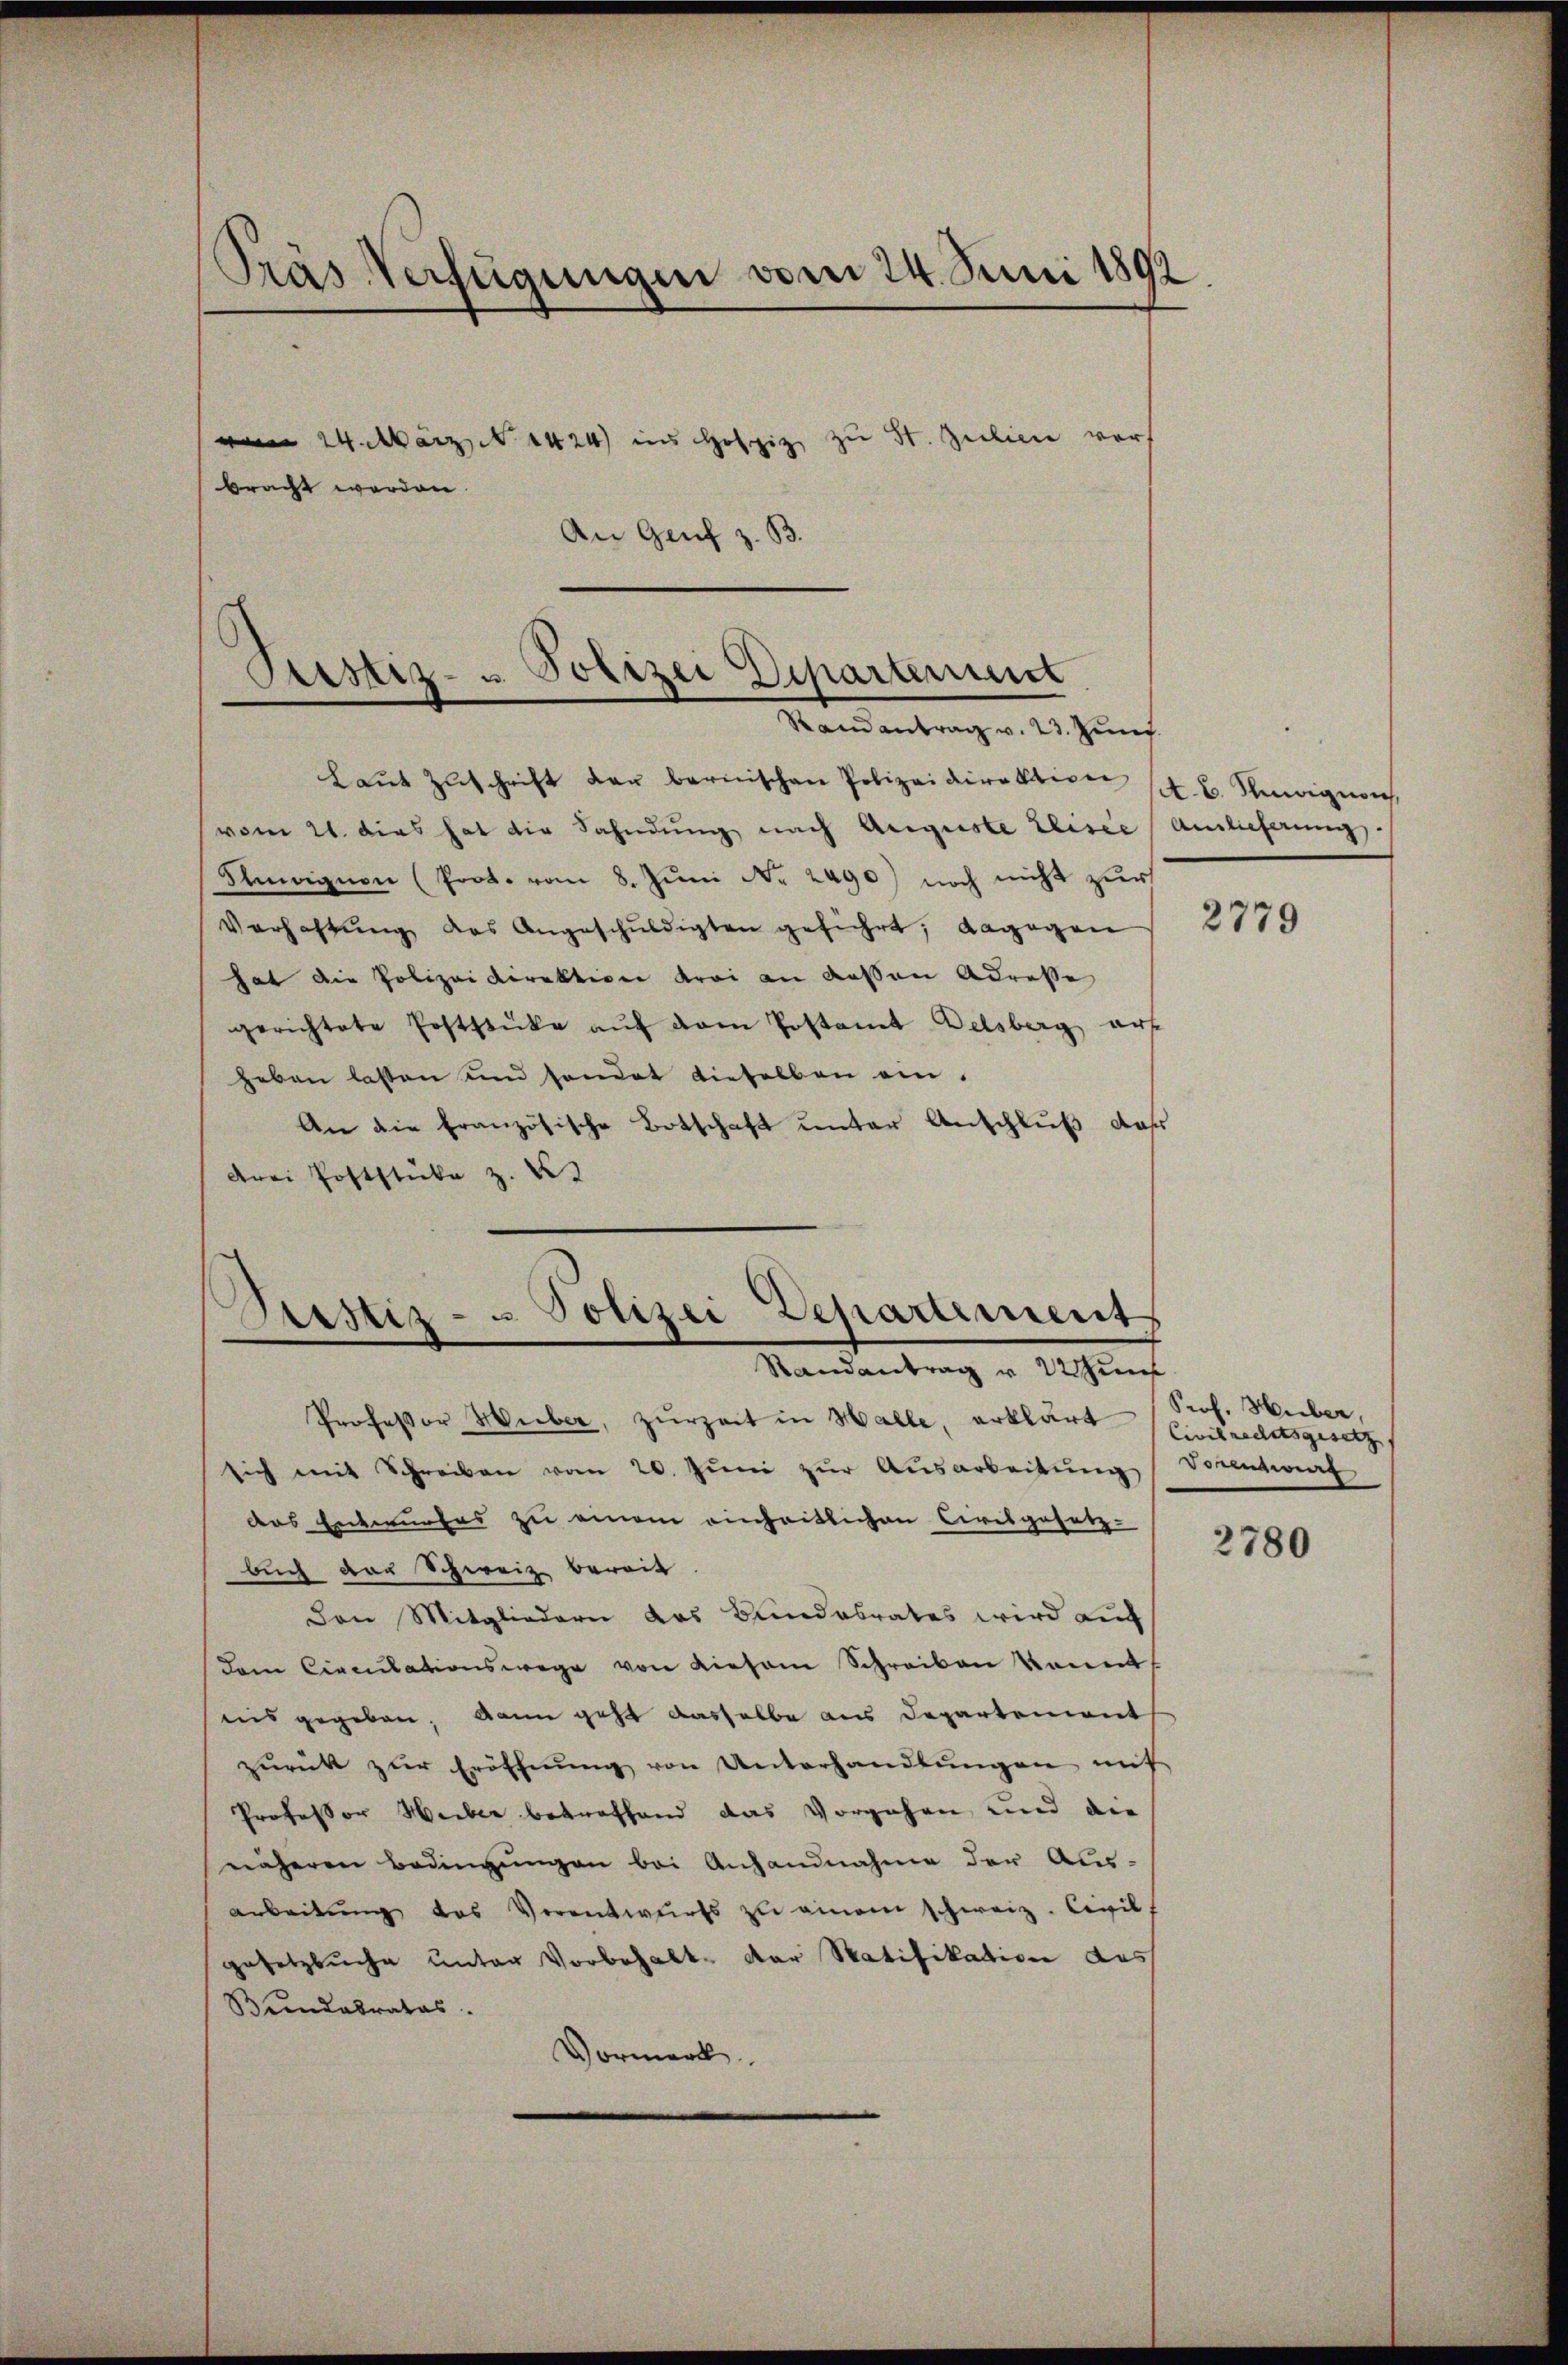
Pras Verfügungen vom 24. Juni 1892

vom 24. März 1424) ins Hofzig zu St. Julien vorh
bracht werden.
An Genf z. B.

Pestiz- u. Polizei Departernit
Randantrag v. 23. Jun.

Laŭt Zŭschrift der bernischen Polizeidirektion (lt. B. Seinigeni
vom 21. dies hat die Fahndŭng nach Auguste Eliser Anlieferung
nvigion (Prot. vom 8. Juni Nr. 2490) noch nicht zur
Verhaltŭng des Angeschŭldigten geführt; dagegen " 2179
hat die Polizeidirektion drei an dessen Adresse
gerichtete Poststücke aŭf dem Postamt Delsberg auf
heben lassen und sondet dieselben ein.
An die französische Botschaft unter Anschluß daß
drei Poststücke z. B.

Astiz- u Polizei Departement
Randantrag u. 2 Zunf

Professor Wieber, zurzeit in Halle, erklärt
sich mit Schreiben vom 20. Jŭni zŭr Aŭsarbeitŭng Sonntent
das Entwurfes zu einem einheitlichen Ciresgesetz-
buch das Schweiz bereit
Den Mitgliedern das Bundesrates wird auf
dem Circulationswege von diesem Schreiben kannt.
nis gegeben, dann geht dasselbe aus Departement
zŭrück zŭr Eröffnŭng von Unterhandlŭngen mit
Professor Weiber betreffend das Vorgehen und die
näheren Bedingungen bei Anhandnahme der Aus-
arbeitŭng des Verantwurfs zŭ einem schweiz. Civilf
Gesetzbuche unter Vorbehalt der Ratifikation des
Brandabrates.
Vormerk

Prof. Huber,
Civilrechtsgesetz

2780